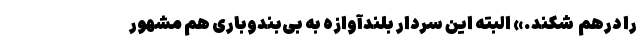
را درهم ‌ شکند.» البته این سردار بلندآوازه به بی‌بندوباری هم مشهور